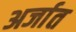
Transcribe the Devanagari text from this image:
अर्जात